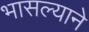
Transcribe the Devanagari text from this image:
भासल्याने